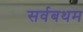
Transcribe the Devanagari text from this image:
सर्वबथम